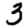
Digit: 3